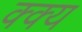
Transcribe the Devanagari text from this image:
क्क्य